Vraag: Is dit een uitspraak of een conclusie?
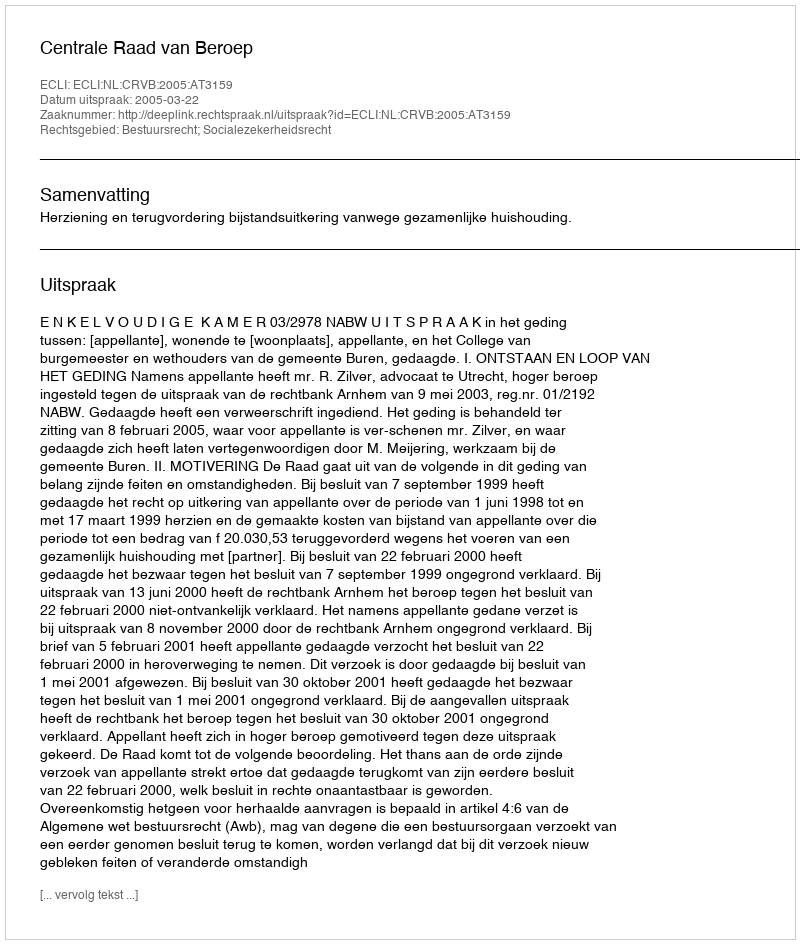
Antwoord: Uitspraak